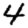
Digit: 4